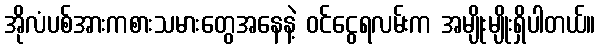
အိုလံပစ်အားကစားသမားတွေအနေနဲ့ ဝင်ငွေရလမ်းက အမျိုးမျိုးရှိပါတယ်။